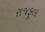
રાજફૂલ